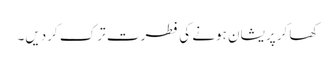
کھا کر پریشان ہونے کی فطرت ترک کردیں۔